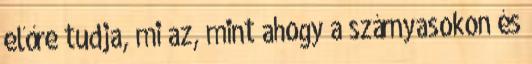
előre tudja, mi az, mint ahogy a szárnyasokon és